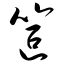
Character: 笸